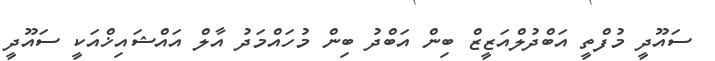
ސައޫދީ މުފްތީ އަބްދުލްއަޒީޒް ބިން އަބްދު ބިން މުހައްމަދު އާލް އައްޝައިޚްއަކީ ސައޫދީ